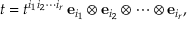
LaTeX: t = t ^ { i _ { 1 } i _ { 2 } \cdots i _ { r } } \, { \mathbf { e } } _ { i _ { 1 } } \otimes { \mathbf { e } } _ { i _ { 2 } } \otimes \cdots \otimes { \mathbf { e } } _ { i _ { r } } ,